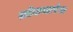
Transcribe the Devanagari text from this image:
लोकभाषेचा